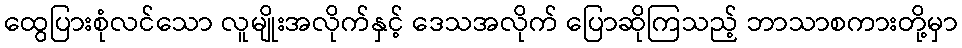
ထွေပြားစုံလင်သော လူမျိုးအလိုက်နှင့် ဒေသအလိုက် ပြောဆိုကြသည့် ဘာသာစကားတို့မှာ